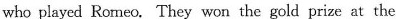
who played Romeo. They won the gold prize at the